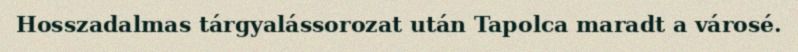
Hosszadalmas tárgyalássorozat után Tapolca maradt a városé.